Civil Veterinary Department Bihar & Orissa reports 1911-21 - 1911-1921
Year: 1911
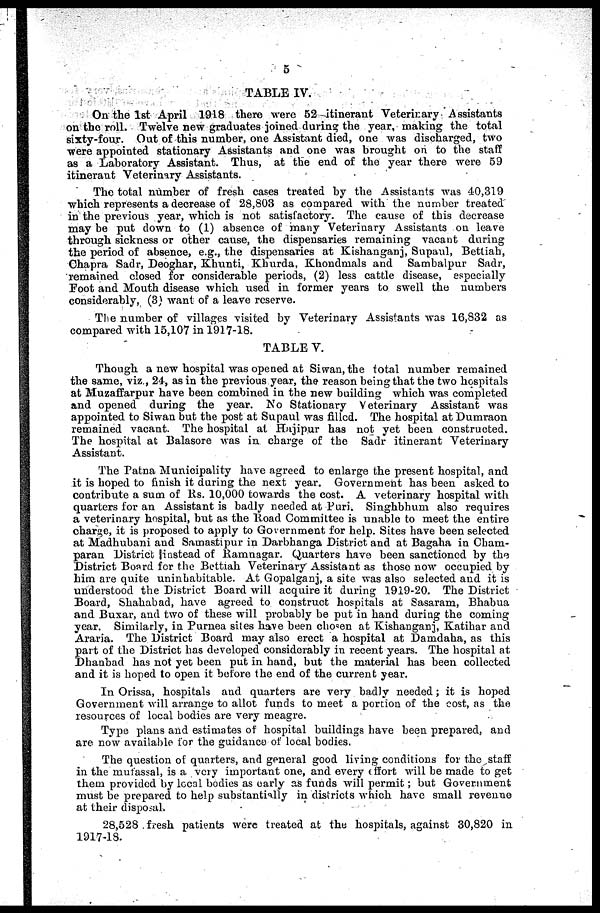
5
TABLE IV.
On the 1st April 1918 there were 52 itinerant Veterinary Assistants
on the roll. Twelve new graduates joined during the year, making the total
sixty-four. Out of this number, one Assistant died, one was discharged, two
were appointed stationary Assistants and one was brought on to the staff
as a Laboratory Assistant. Thus, at the end of the year there were 59
itinerant Veterinary Assistants.
The total number of fresh cases treated by the Assistants was 40,319
which represents a decrease of 28,803 as compared with the number treated
in the previous year, which is not satisfactory. The cause of this decrease
may be put down to (1) absence of many Veterinary Assistants on leave
through sickness or other cause, the dispensaries remaining vacant during
the period of absence, e.g., the dispensaries at Kishanganj, Supaul, Bettiah,
Chapra Sadr, Deoghar, Khunti, Khurda, Khondmals and Sambalpur Sadr,
remained closed for considerable periods, (2) less cattle disease, especially
Foot and Mouth disease which used in former years to swell the numbers
considerably, (3) want of a leave reserve.
The number of villages visited by Veterinary Assistants was 16,S32 as
compared with 15,107 in 1917-18.
TABLE V.
Though a new hospital was opened at Siwan,the total number remained
the same, viz., 2-4, as in the previous year, the reason being that the two hospitals
at Muzaffarpur have been combined in the new building which was completed
and opened during the year. No Stationary Veterinary Assistant was
appointed to Siwan but the post at Supaul was filled. The hospital at Dumraon
remained vacant. The hospital at Hajipur has not yet been constructed.
The hospital at Balasore was in charge of the Sadr itinerant Veterinary
Assistant.
The Patna Municipality have agreed to enlarge the present hospital, and
it is hoped to finish it during the next year. Government has been asked to
contribute a sum of lis. 10,000 towards the cost. A veterinary hospital with
quarters for an Assistant is badly needed at Puri. Singhbhum also requires
a veterinary hospital, but as the Road Committee is unable to meet the entire
charge, it is proposed to apply to Government for help. Sites have been selected
at Madhubani and Samastipur in Darbhanga District and at Bagaha in Cham-
paran District instead of Ramnagar. Quarters have been sanctioned by the
District Board for the Bettiah Veterinary Assistant as those now occupied by
him are quite uninbabitable. At Gopalganj, a site was also selected and it is
understood the District Board will acquire it during 1919-20. The District
Board, Shahabad, have agreed to construct hospitals at Sasaram, Bhabua
and Buxar, and two of these will probably be put in hand during the coming
year. Similarly, in Purnea sites have been chosen at Kishanganj, Katihar and
Araria. The District Board may also erect a hospital at Damdaha, as this
part of the District has developed considerably in recent years. The hospital at
Dhanbad has not yet been put in hand, but the material has been collected
and it is hoped to open it before the end of the current year.
In Orissa, hospitals and quarters are very badly needed; it is hoped
Government will arrange to allot funds to meet a portion of the cost, as the
resources of local bodies are very meagre.
Type plans and estimates of hospital buildings have been prepared, and
are now available for the guidance of local bodies.
The question of quarters, and general good living conditions for the staff
in the mufassal, is a very important one, and every effort will be made to get
them provided by local bodies as early as funds will permit ; but Government
must be prepared to help substantially in districts which have small revenue
at their disposal.
28,528 fresh patients were treated at the hospitals, against 30,820 in
1917-18.